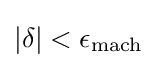
|\delta |<\epsilon _{\text{mach}}